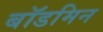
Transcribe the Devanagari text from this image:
बॉडमिन